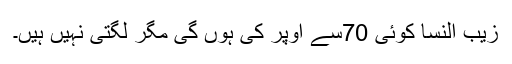
زیب النسا کوئی 70سے اوپر کی ہوں گی مگر لگتی نہیں ہیں۔